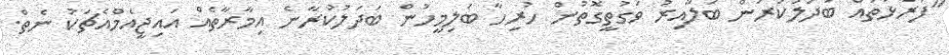
"ފުރާޅުތައް ބަދަލުކުރަން ބަލާއިރު ވަގުތީގޮތުން ހުރިހާ ބަލިމީހުން ބަދަލުކުރާނެ އިމާރާތެއް އައިޖީއެމްއެޗަކު ނެތް.